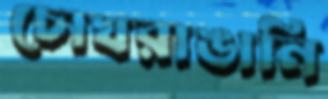
চোখরাঙানি